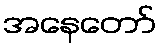
အနေတော်